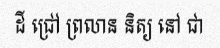
ដី ជ្រៅ ព្រលាន និត្យ នៅ ជា